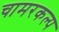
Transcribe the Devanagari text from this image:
चामरकल्प